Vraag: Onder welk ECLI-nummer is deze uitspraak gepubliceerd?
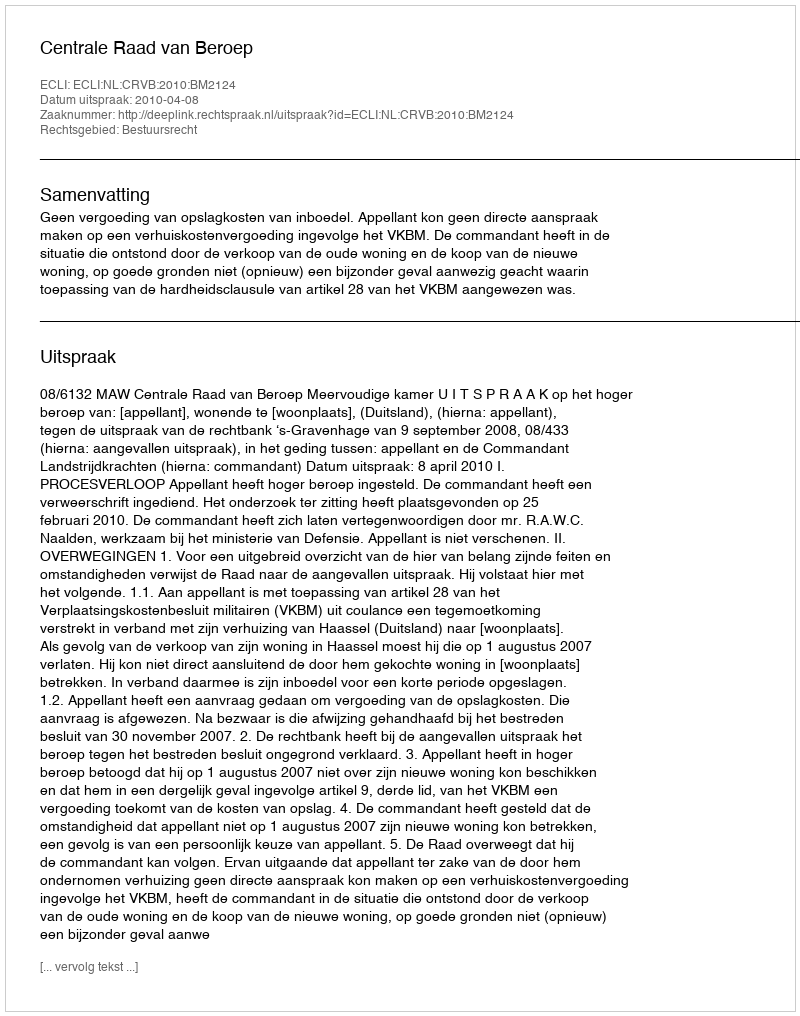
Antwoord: ECLI:NL:CRVB:2010:BM2124